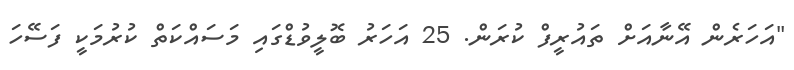
"އަހަރެން އޭނާއަށް ތައުރީފް ކުރަން. 25 އަހަރު ބޮލީވުޑްގައި މަސައްކަތް ކުރުމަކީ ފަސޭހަ